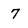
Character: 7